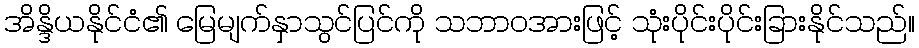
အိန္ဒိယနိုင်ငံ၏ မြေမျက်နှာသွင်ပြင်ကို သဘာဝအားဖြင့် သုံးပိုင်းပိုင်းခြားနိုင်သည်။